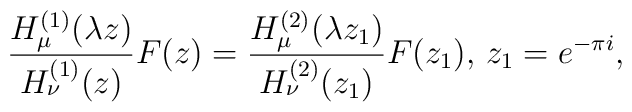
\frac{H^{(1)}_{\mu }(\lambda z)}{H^{(1)}_{\nu }(z)}F(z)=\frac{H^{(2)}_{\mu }(\lambda z_1)}{H^{(2)}_{\nu }(z_1)}F(z_1),\, z_1=e^{-\pi i},